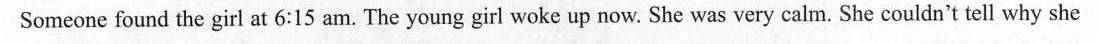
Someone found the girl at 6:15 am. The young girl woke up now. She was very calm. She couldn't tell why she